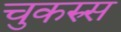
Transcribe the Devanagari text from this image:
चुकरुस